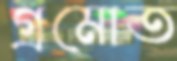
গ্রমোত